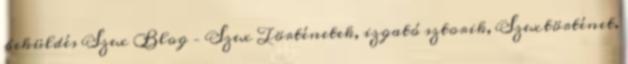
beküldés Szex Blog – Szex Történetek, izgató sztorik, Szextörténet.